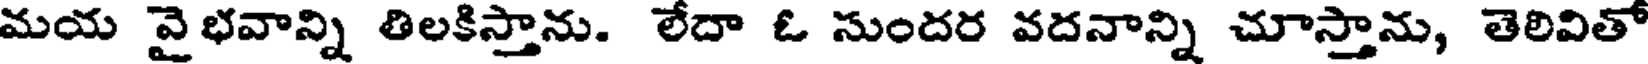
మయ వైభవాన్ని తిలకిస్తాను. లేదా ఓ సుందర వదనాన్ని చూస్తాను, తెలివితో